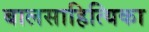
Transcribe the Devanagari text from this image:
बालसाहित्यिका